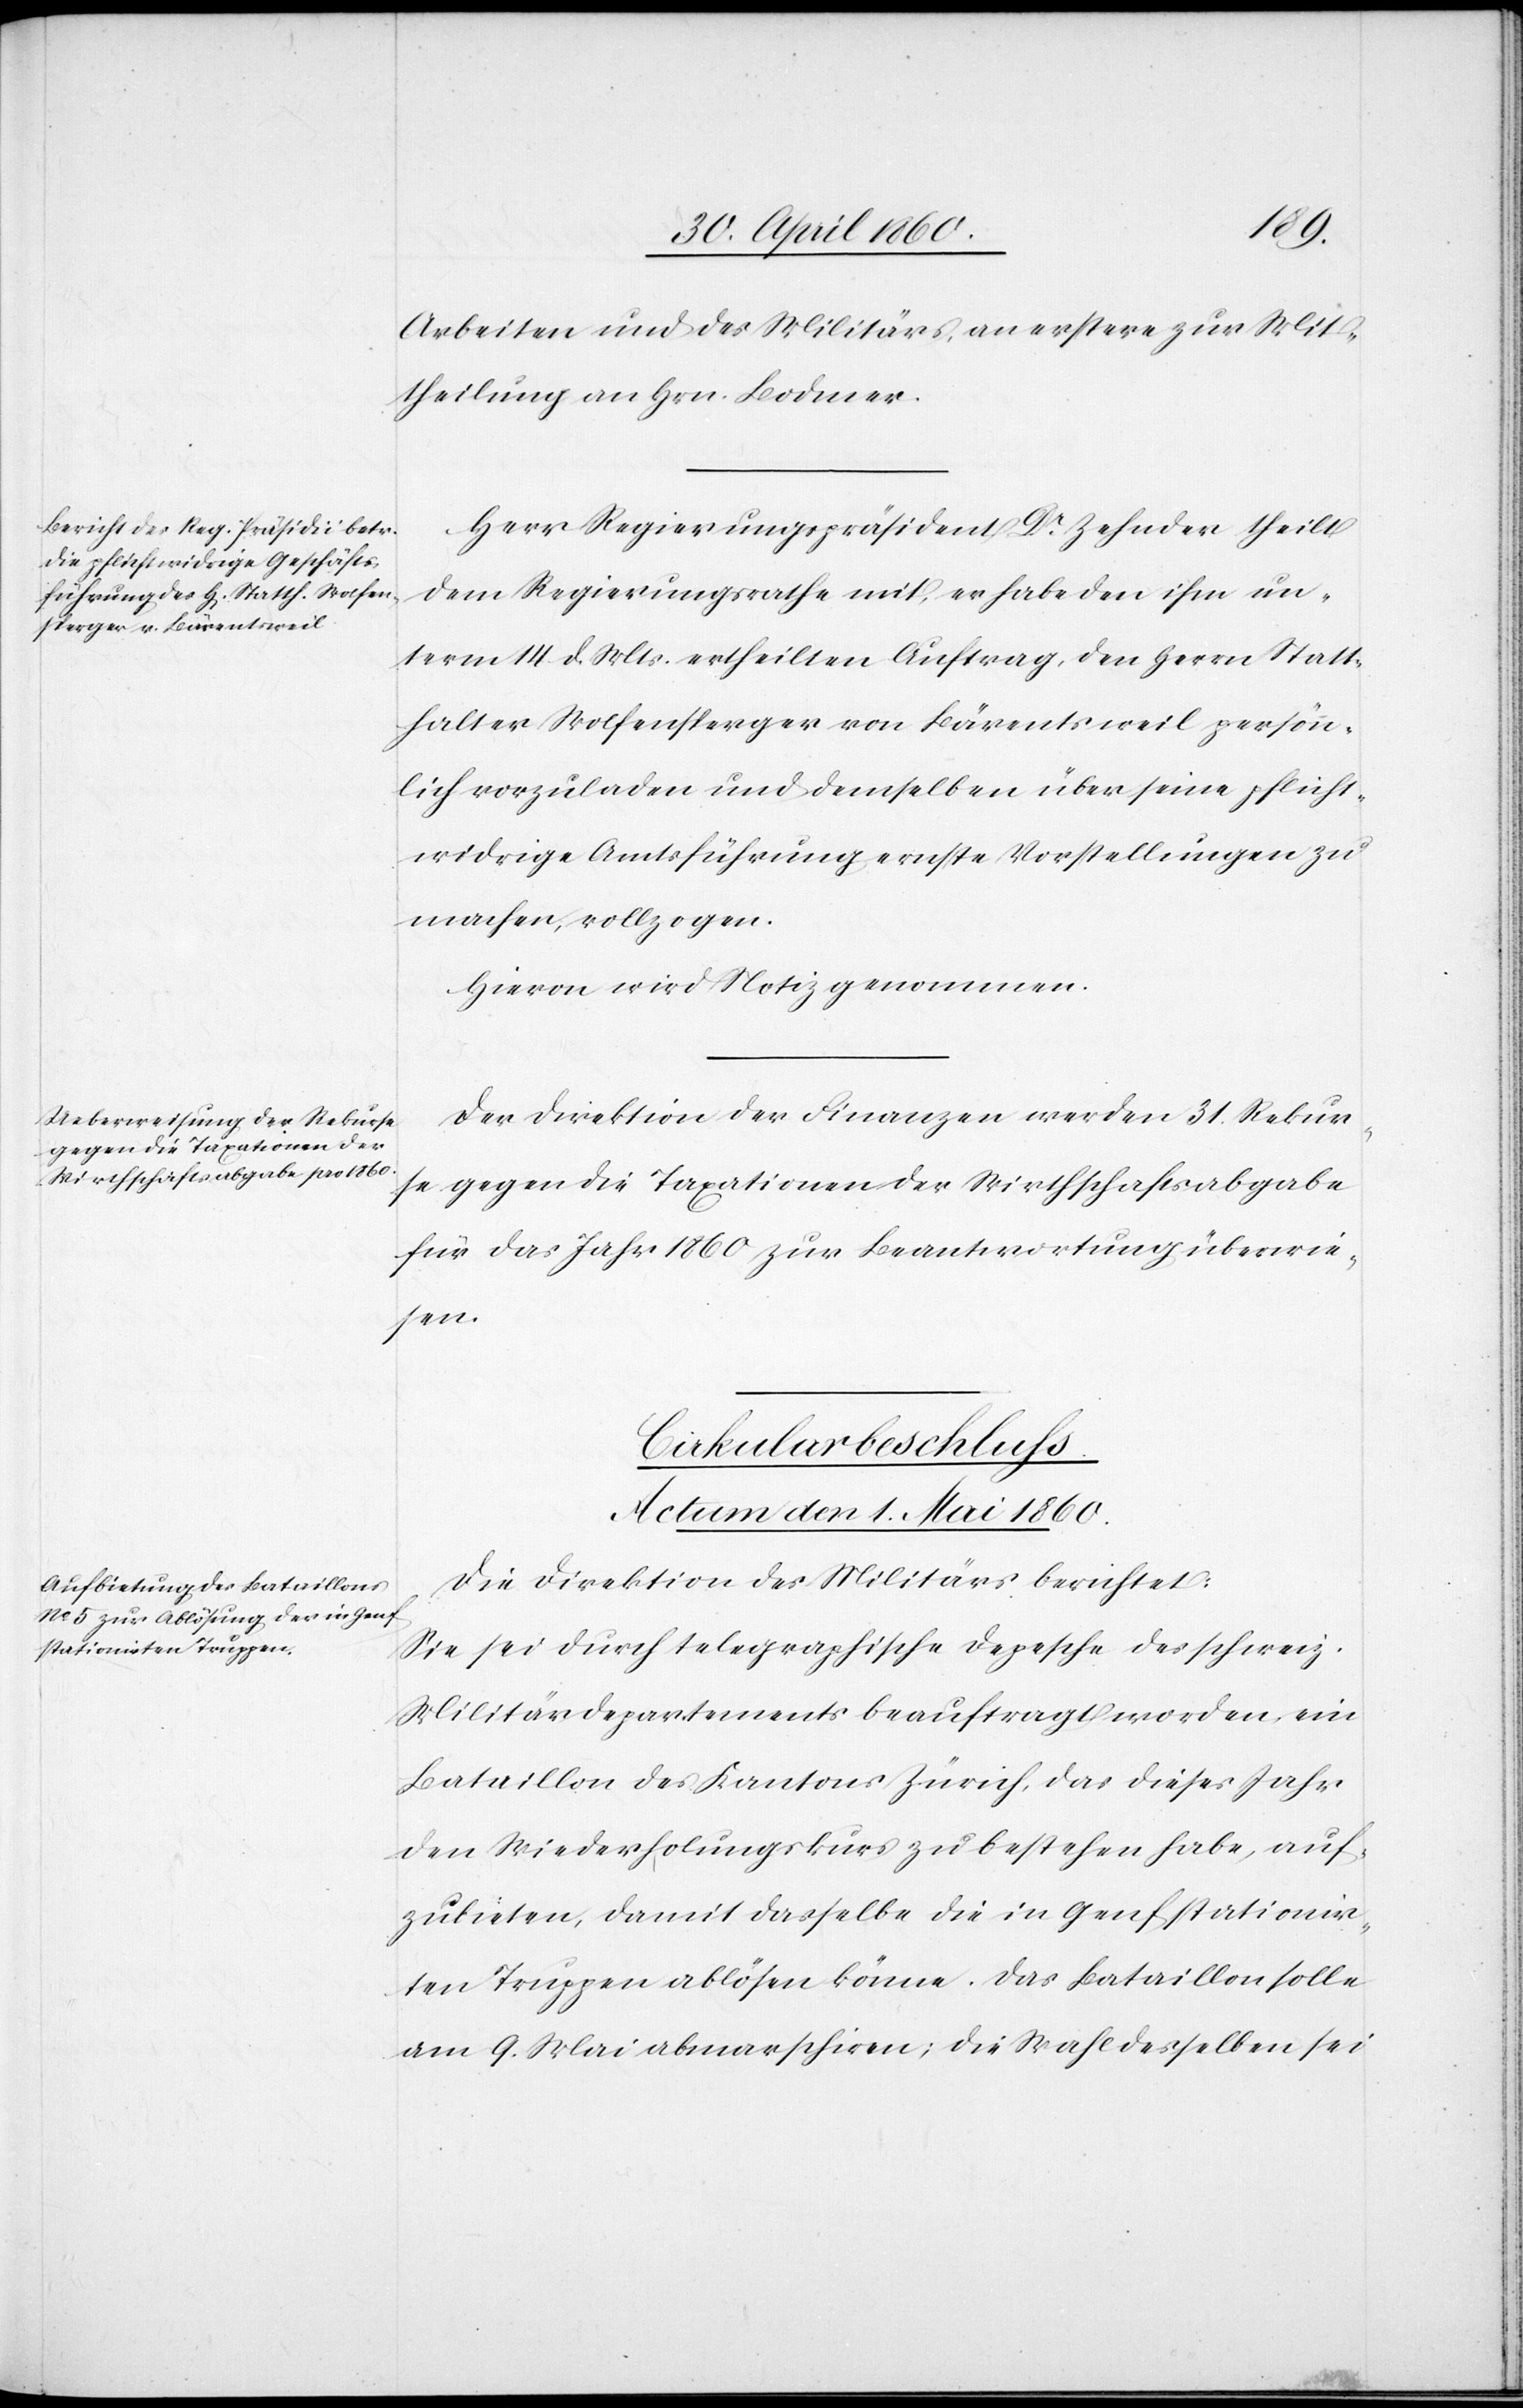
Arbeiten und des Militärs, an erstere zur Mit¬
theilung an Hrn. Bodmer.
Herr Regierungspräsident Dr Zehnder theilt
dem Regierungsrathe mit, er habe den ihm un¬
term 14. d. Mts. ertheilten Auftrag, den Herrn Statt¬
halter Wolfensperger von Bärentsweil persön¬
lich vorzuladen und demselben über seine pflicht¬
widrige Amtsführung ernste Vorstellungen zu
machen, vollzogen.
Hievon wird Notiz genommen.
Der Direktion der Finanzen werden 31. Rekur¬
se gegen die Taxationen der Wirthschaftsabgabe
für das Jahr 1860 zur Beantwortung überwie¬
sen.
Cirkularbeschluss.
Actum den 1. Mai 1860.
Die Direktion des Militärs berichtet:
Sie sei durch telegraphische Depesche des schweiz.
Militärdepartements beauftragt worden, ein
Bataillon des Kantons Zürich, das dieses Jahr
den Wiederholungskurs zu bestehen habe, auf¬
zubieten, damit dasselbe die in Genf stationir¬
ten Truppen ablösen könne. Das Bataillon solle
am 9. Mai abmarschiren; Die Wahl desselben sei